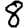
Digit: 8